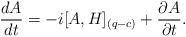
LaTeX: \begin{align*}{dA \over dt} = -i[A,H]_{(q-c)}+{\partial A \over \partial t}.\end{align*}